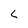
Character: L